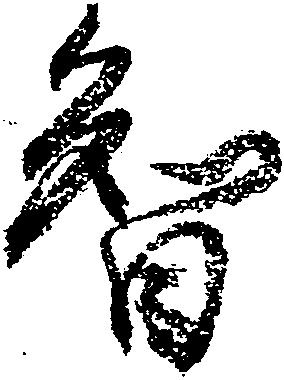
智